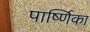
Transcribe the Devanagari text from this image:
पार्ष्णिका